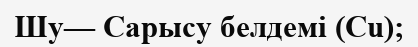
Шу— Сарысу белдемі (Сu);